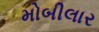
મોબીલાર